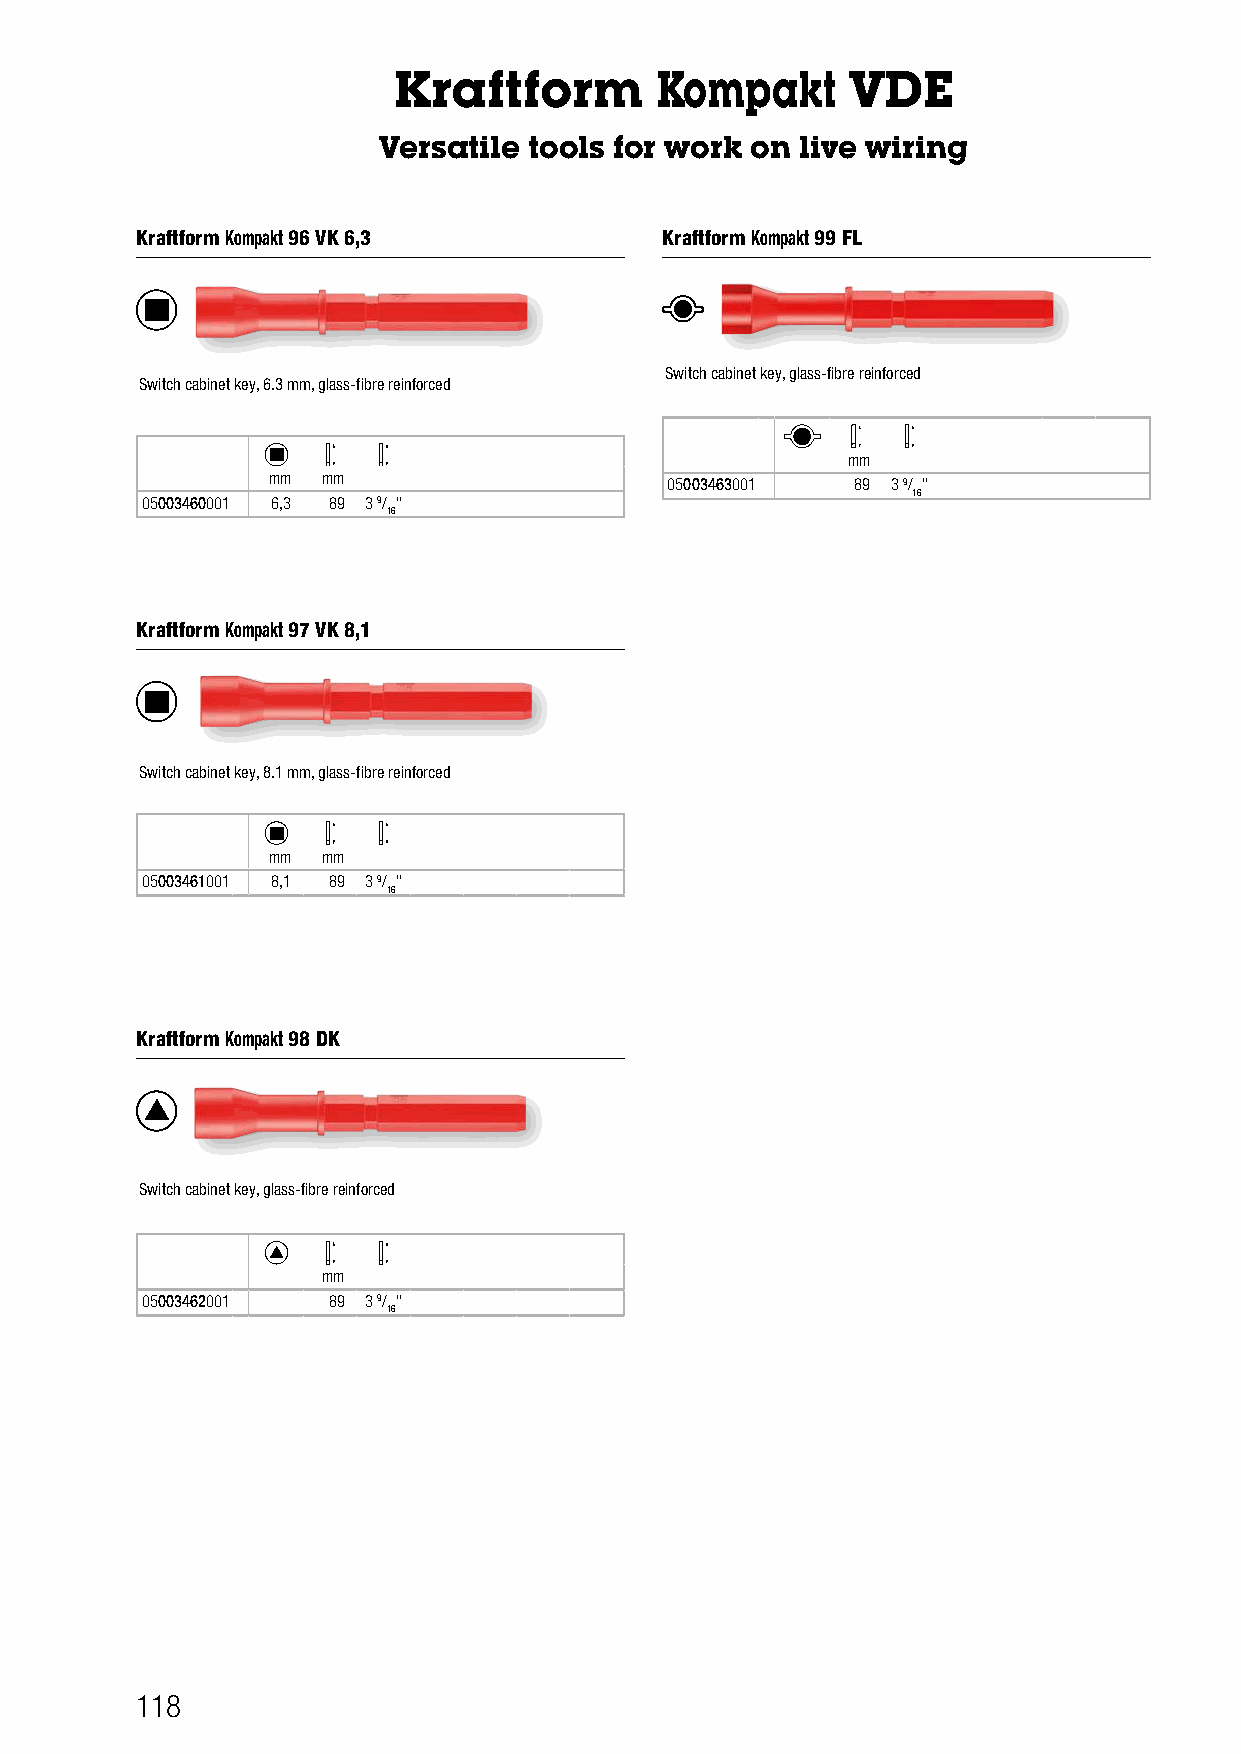
Kraftform        Kompakt      VDE
 Versatile tools for work on live wiring
 Kraftform Kompakt 96 VK 6,3        Kraftform Kompakt 99 FL
 Switch cabinet key, glass-fibre reinforced
 Switch cabinet key, 6.3 mm, glass-fibre reinforced
 mm
 mm mm                     05003463001  89 3 9/ "
 16
 05003460001 6,3 89 3 9/ "
 16
 Kraftform Kompakt 97 VK 8,1
 Switch cabinet key, 8.1 mm, glass-fibre reinforced
 mm mm
 05003461001 8,1 89 3 9/ "
 16
 Kraftform Kompakt 98 DK
 Switch cabinet key, glass-fibre reinforced
 mm
 05003462001  89 3 9/ "
 16
 118